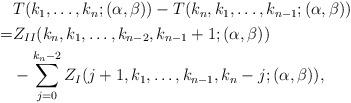
LaTeX: \begin{align*}\begin{aligned}&T(k_1,\ldots,k_n;(\alpha,\beta))-T(k_n,k_1,\ldots,k_{n-1};(\alpha,\beta))\\=&Z_{II}(k_n,k_1,\ldots,k_{n-2},k_{n-1}+1;(\alpha,\beta))\\&-\sum_{j=0}^{k_n-2}Z_{I}(j+1,k_1,\ldots,k_{n-1},k_n-j;(\alpha,\beta)),\end{aligned}\end{align*}